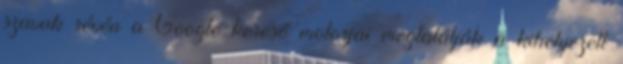
szavak révén a Google kereső motorjai megtalálják a kihelyezett